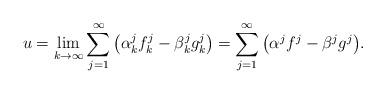
LaTeX: \begin{align*}u=\lim_{k\to\infty}\sum_{j=1}^\infty \big(\alpha_k^j f_k^j - \beta_k^j g_k^j\big)=\sum_{j=1}^\infty \big(\alpha^j f^j - \beta^j g^j \big).\end{align*}